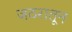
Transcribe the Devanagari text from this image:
जठरातून